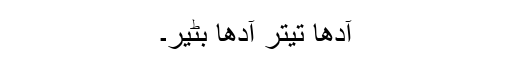
آدھا تیتر آدھا بٹیر۔